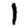
Digit: 1